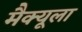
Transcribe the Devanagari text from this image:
मैक्‍यूला